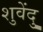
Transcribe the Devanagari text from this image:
शुवेंदु